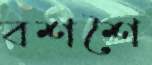
বশশৈ